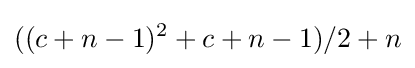
((c+n-1)^{2}+c+n-1)/2+n